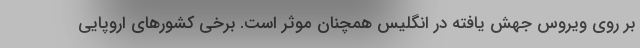
بر روی ویروس جهش یافته در انگلیس همچنان موثر است. برخی کشورهای اروپایی